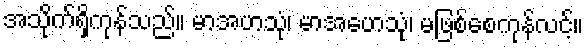
အသိုက်ရှိကုန်သည်။ မာအဟသုံ၊ မာအဟေသုံ၊ မဖြစ်စေကုန်လင့်။